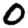
Digit: 0